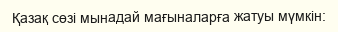
Қазақ сөзі мынадай мағыналарға жатуы мүмкін: